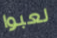
لعبوا